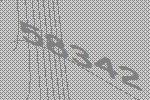
58342